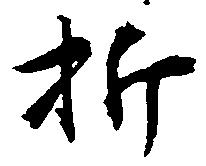
折